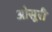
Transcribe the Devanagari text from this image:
ओसूरी